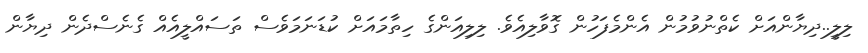
ލިލީ..ދިޔާންއަށް ކެތްނުވުމުން އެންމެފަހުން ގޮވާލިއެވެ. ލިލިއަންގެ ހިތާމައަށް ކުޑަނަމަވެސް ތަސައްލީއެއް ގެނެސްދެން ދިޔާން